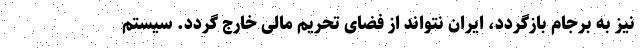
نیز به برجام بازگردد، ایران نتواند از فضای تحریم مالی خارج گردد. سیستم